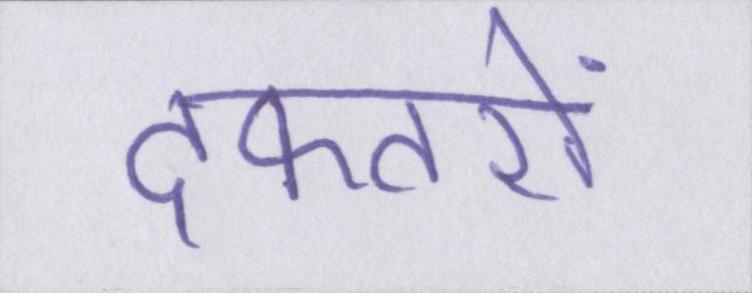
दफ्तरों